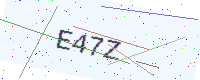
Text: E47Z